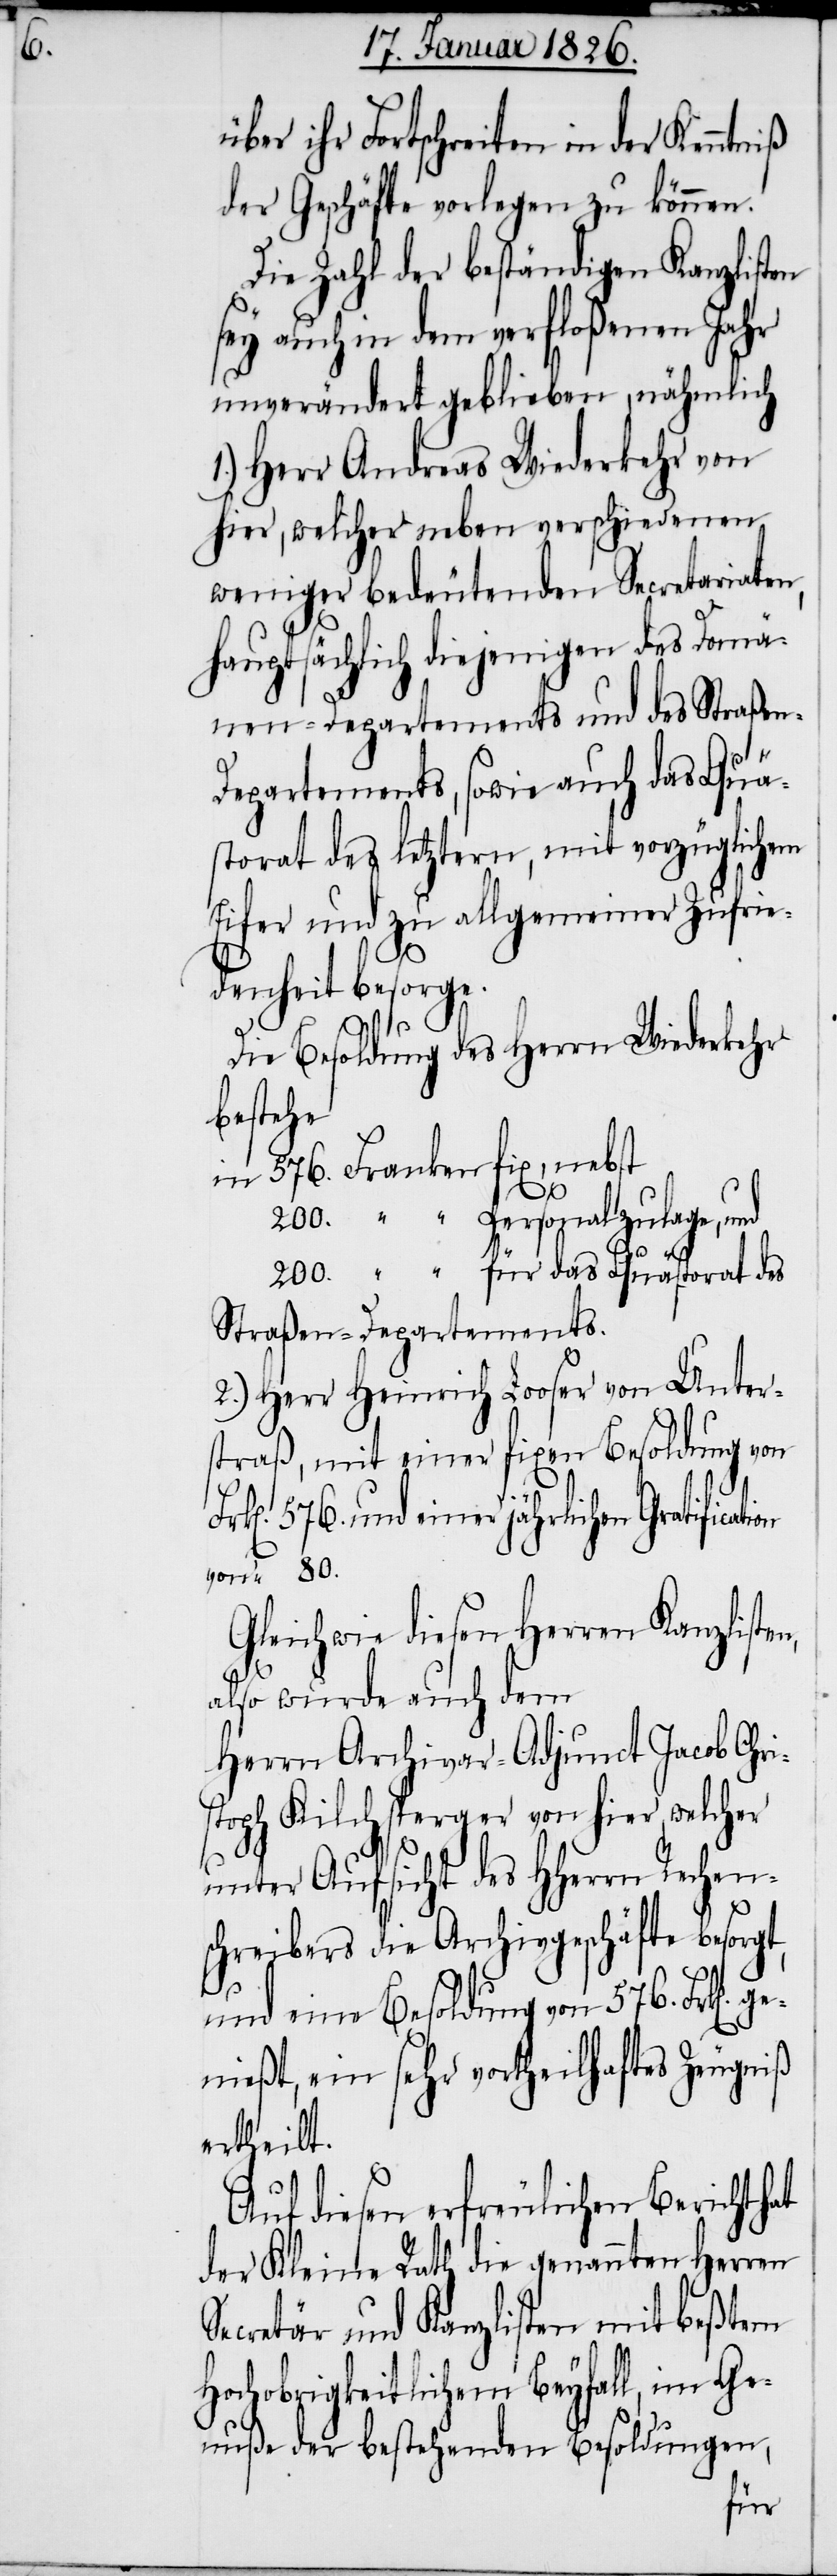
über ihr Fortschreiten in der Kenntniß
der Geschäfte vorlegen zu können.
Die Zahl der beständigen Kanzlisten
sey auch in dem verfloßenen Jahr
unverändert geblieben, nähmlich
1.) Herr Andreas Wiederkehr von
hier, welcher neben verschiedenen
weniger bedeutenden Secretariaten,
hauptsächlich diejenigen des Domän¬
epartements, sowie auch das Quä¬
storat des letztern, mit vorzüglichem
Eifer und zu allgemeiner Zufrie¬
80.
denheit besorge.
st¬
Die Besoldung des Herrn Wiederkehr
bestehe
in 	576. 	Franken fix, nebst
200.	 “ Personalzulage, und
200. 	 “ für das Quästorat des
Straßen-Departements.
2.) Herr Heinrich Looser von Unter¬
straß, mit einer fixen Besoldung von
k[en]. 576. und einer jährlichen Gratificat¬
Gleichwie diesen Herren Kanzliste¬
ge¬
also wurde auch dem
Herrn Archivar-Adjunct Jacob Chri¬
oph Kilchsperger von hier, welcher
unter Aufsicht des HHerrn Rechen¬
schreibers die Archivgeschäfte besorgt,
und eine Besoldung von 576. Frk[en].
nießt, ein sehr vortheilhaftes Zeugniß
ertheilt.
Auf diesen erfreulichen Bericht hat
der Kleine Rath die genannten Herren
Secretär und Kanzlisten mit beßtem
Hochobrigkeitlichen Beyfall, im Ge¬
nuße der bestehenden Besoldungen,